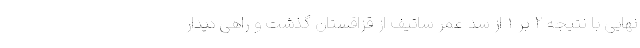
نهایی با نتیجه ۲ بر ۱ از سد عمر ساتیف از قزاقستان گذشت و راهی دیدار